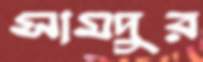
সামদুর